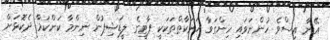
އޭނާ އިސްވެ ހުންނަވައި ހިންގަވާ ހަރަކާތްތަކަކީ ޕާޓީގެ ލީޑަޝިޕުން ނިންމާ ކަންކަމާ ދެކޮޅަށް